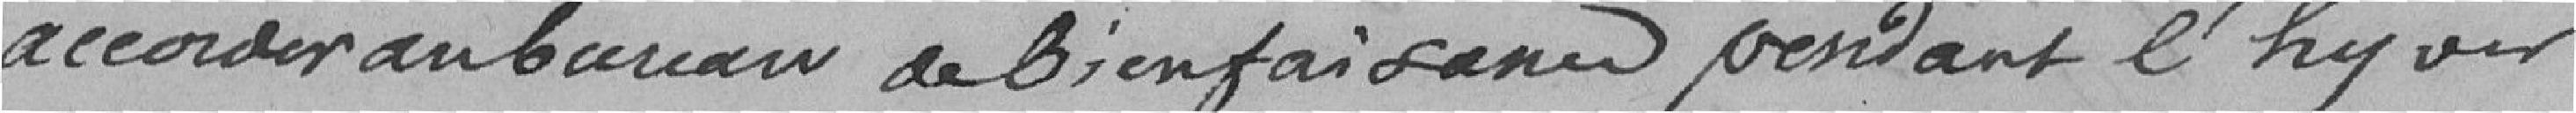
accorder au bureau de bienfaisance pendant l'hiver